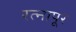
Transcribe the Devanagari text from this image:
रत्‍नापूर